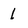
Character: l